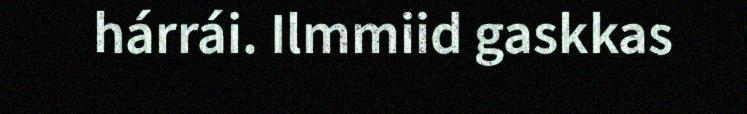
hárrái. Ilmmiid gaskkas